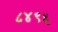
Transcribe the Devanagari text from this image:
८४९६